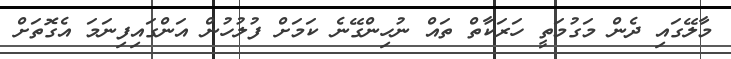
މާލޭގައި ދެން މަގުމަތީ ހަރަކާތް ތައް ނުހިންގޭނެ ކަމަށް ފުލުހުން އަންގައިފިނަމަ އެގޮތަށް